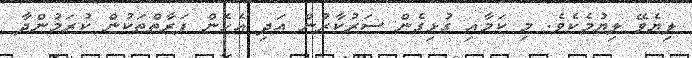
ލިޔެވޭ ލިޔުމެކެވެ. މި ކަމާއި ގުޅިގެން ސަރުކާރުން އަދި އެހެން ފަރާތްތަކުން ކުރަމުންދާ